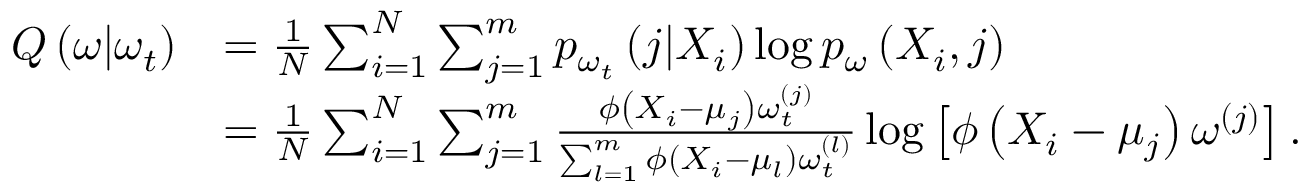
\begin{array} { r l } { Q \left( \omega | \omega _ { t } \right) } & { = \frac { 1 } { N } \sum _ { i = 1 } ^ { N } \sum _ { j = 1 } ^ { m } p _ { \omega _ { t } } \left( j | X _ { i } \right) \log p _ { \omega } \left( X _ { i } , j \right) } \\ & { = \frac { 1 } { N } \sum _ { i = 1 } ^ { N } \sum _ { j = 1 } ^ { m } \frac { \phi \left( X _ { i } - \mu _ { j } \right) \omega _ { t } ^ { ( j ) } } { \sum _ { l = 1 } ^ { m } \phi \left( X _ { i } - \mu _ { l } \right) \omega _ { t } ^ { ( l ) } } \log \left[ \phi \left( X _ { i } - \mu _ { j } \right) \omega ^ { ( j ) } \right] . } \end{array}